Papers set at the Examination for Leaving Certificates, 1894
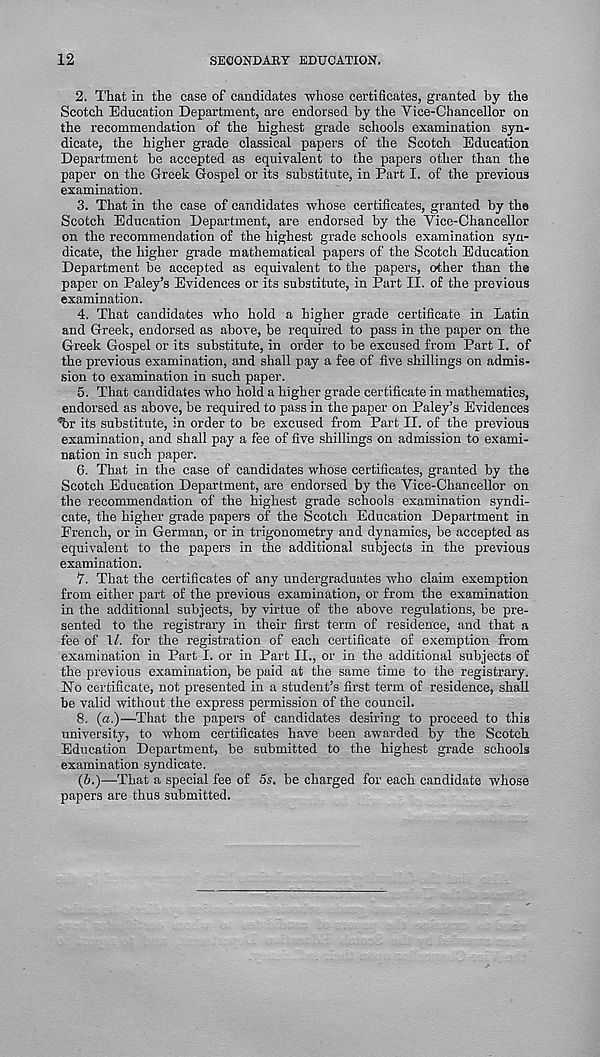
12
SECONDARY EDUCATION.
2. That in the case of candidates whose certificates, granted by the
Scotch Education Department, are endorsed by the Vice-Chancellor on
the recommendation of the highest grade schools examination syn-
dicate, the higher grade classical papers of the Scotch Education
Department be accepted as equivalent to the papers other than the
paper on the Greek Gospel or its substitute, in Part I. of the previous
examination.
3. That in the case of candidates whose certificates, granted by the
Scotch Education Department, are endorsed by the Vice-Chancellor
on the recommendation of the highest grade schools examination syn-
dicate, the higher grade mathematical papers of the Scotch Education
Department be accepted as equivalent to the papers, other than the
paper on Paley’s Evidences or its substitute, in Part II. of the previous
examination.
4. That candidates who hold a higher grade certificate in Latin
and Greek, endorsed as above, be required to pass in the paper on the
Greek Gospel or its substitute, in order to be excused from Part I. of
the previous examination, and shall pay a fee of five shillings on admis-
sion to examination in such paper.
5. That candidates who hold a higher grade certificate in mathematics,
endorsed as above, be required to pass in the paper on Paley’s Evidences
%T its substitute, in order to be excused from Part II. of the previous
examination, and shall pay a fee of five shillings on admission to exami-
nation in such paper.
6. That in the case of candidates whose certificates, granted by the
Scotch Education Department, are endorsed by the Vice-Chancellor on
the recommendation of the highest grade schools examination syndi-
cate, the higher grade papers of the Scotch Education Department in
French, or in German, or in trigonometry and dynamics, be accepted as
equivalent to the papers in the additional subjects in the previous
examination.
7. That the certificates of any undergraduates who claim exemption
from either part of the previous examination, or from the examination
in the additional subjects, by virtue of the above regulations, be pre-
sented to the registrary in their first term of residence, and that a
fee of 1/. for the registration of each certificate of exemption from
examination in Part I. or in Part II., or in the additional subjects of
the previous examination, be paid at the same time to the registrary.
No certificate, not presented in a student’s first term of residence, shall
be valid without the express permission of the council.
8. (a.)—That the papers of candidates desiring to proceed to this
university, to whom certificates have been awarded by the Scotch
Education Department, be submitted to the highest grade schools
examination syndicate.
(6.)—That a special fee of 5s. be charged for each candidate whose
papers are thus submitted.